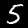
Digit: 5